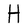
Character: H